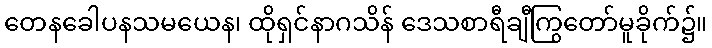
တေနခေါပနသမယေန၊ ထိုရှင်နာဂသိန် ဒေသစာရီချီကြွတော်မူခိုက်၌။